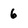
Character: 6